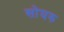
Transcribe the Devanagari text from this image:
सोयरु